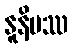
နူနိမဿ